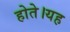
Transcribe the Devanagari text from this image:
होते।यह